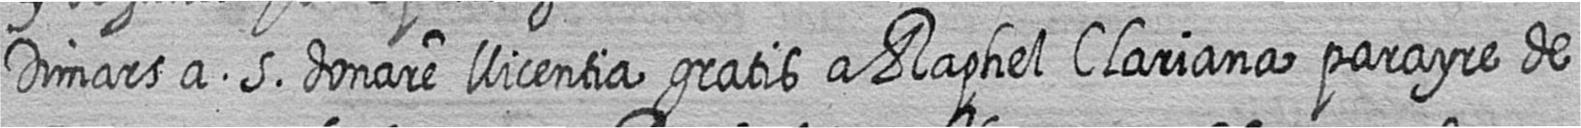
Dimars a 5 donare llicentia gratis a Raphel Clariana parayre de